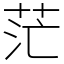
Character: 茫